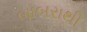
બાબરાથી